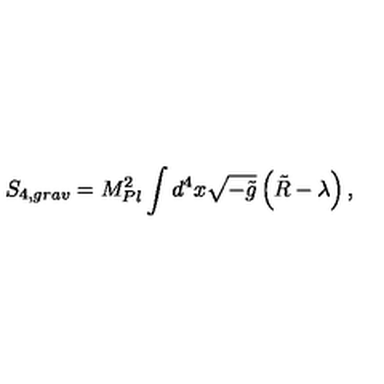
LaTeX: S _ { 4 , g r a v } = M _ { P l } ^ { 2 } \int d ^ { 4 } x \sqrt { - \tilde { g } } \left( \tilde { R } - \lambda \right) ,